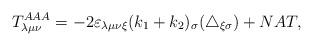
LaTeX: \begin{align*}T_{\lambda \mu \nu }^{AAA}=-2\varepsilon _{\lambda \mu \nu \xi}(k_{1}+k_{2})_{\sigma }(\triangle _{\xi \sigma })+NAT,\end{align*}